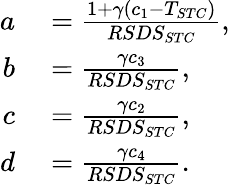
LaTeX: \begin{array}{rl}{a}&{{}=\frac{1+\gamma(c_{1}-T_{STC})}{RSDS_{STC}},}\\ {b}&{{}=\frac{\gamma c_{3}}{RSDS_{STC}},}\\ {c}&{{}=\frac{\gamma c_{2}}{RSDS_{STC}},}\\ {d}&{{}=\frac{\gamma c_{4}}{RSDS_{STC}}.}\end{array}